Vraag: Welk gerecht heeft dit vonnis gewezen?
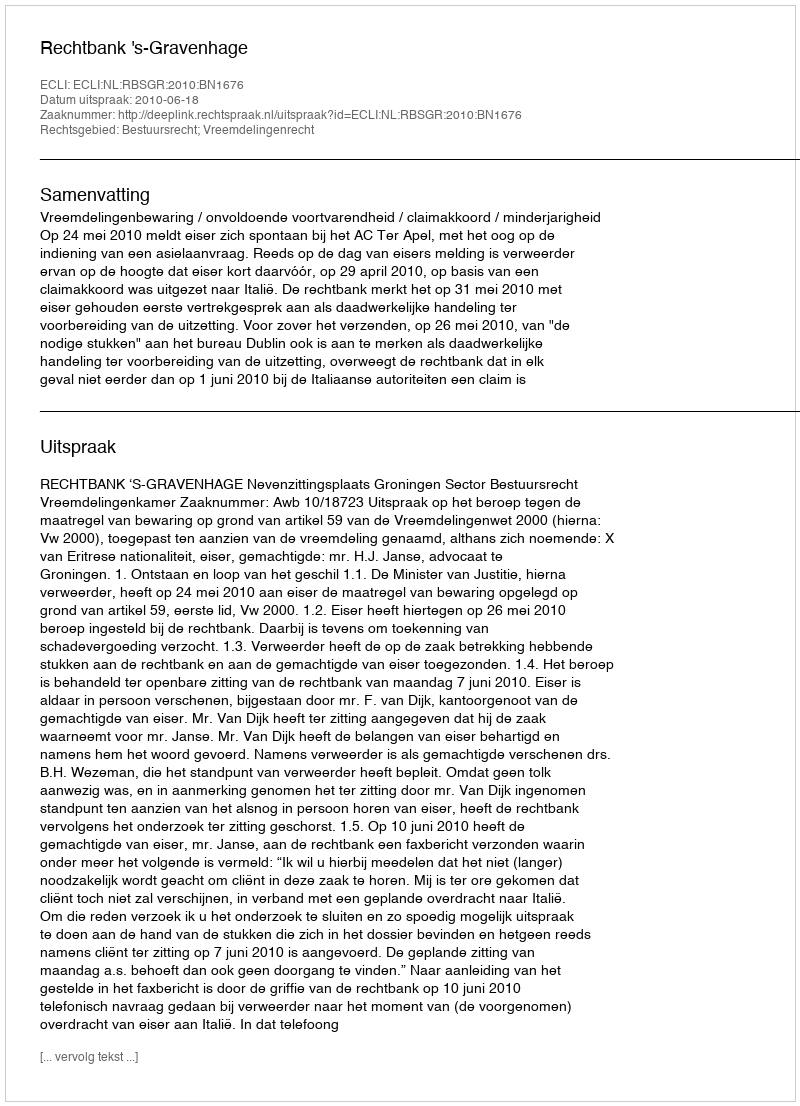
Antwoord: Rechtbank 's-Gravenhage